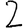
Digit: 2